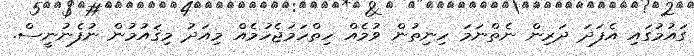
ގައުމުގައި އެފަދަ ދަރިން ނެތްނަމަ ހިނިތުން ވުމެއް ހިތްހަމަޖެހުމެއް މިއަދު މިޤައުމުން ނުފެނުނީސް.